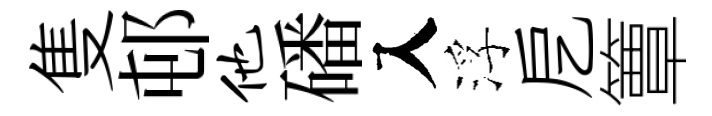
隻邨他磻入浮戹簟